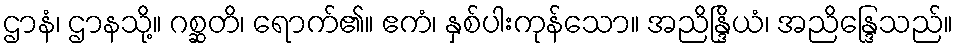
ဌာနံ၊ ဌာနသို့။ ဂစ္ဆတိ၊ ရောက်၏။ ဧကံ၊ နှစ်ပါးကုန်သော။ အညိန္ဒြိယံ၊ အညိန္ဒြေသည်။